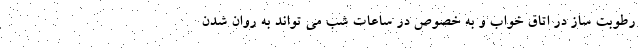
رطوبت ساز در اتاق خواب و به خصوص در ساعات شب می‌ تواند به روان شدن